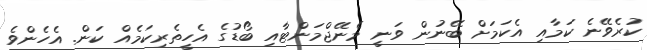
ކުރެވޭނެ ކަމާއި އެކަމަށް ބޭނުން ވަނީ މެނޭޖްމަންޓާއި ބޯޑުގެ އެހީތެރިކަމެއް ކަން. އެހެންވެ